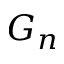
G _ { n }